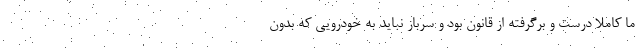
ما کاملا درست و برگرفته از قانون بود و سرباز نباید به خودرویی که بدون